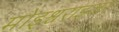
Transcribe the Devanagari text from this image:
मोइश्चराइजर